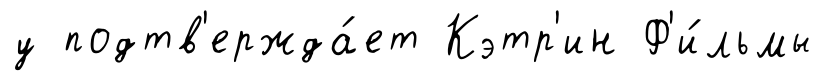
у подтв'ержда́ет Кэтр'ин Ф'и́льмы